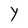
Character: Y